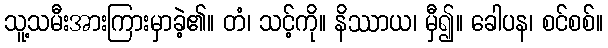
သူ့သမီးအားကြားမှာခဲ့၏။ တံ၊ သင့်ကို။ နိဿာယ၊ မှီ၍။ ခေါပန၊ စင်စစ်။